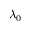
\lambda _ { 0 }